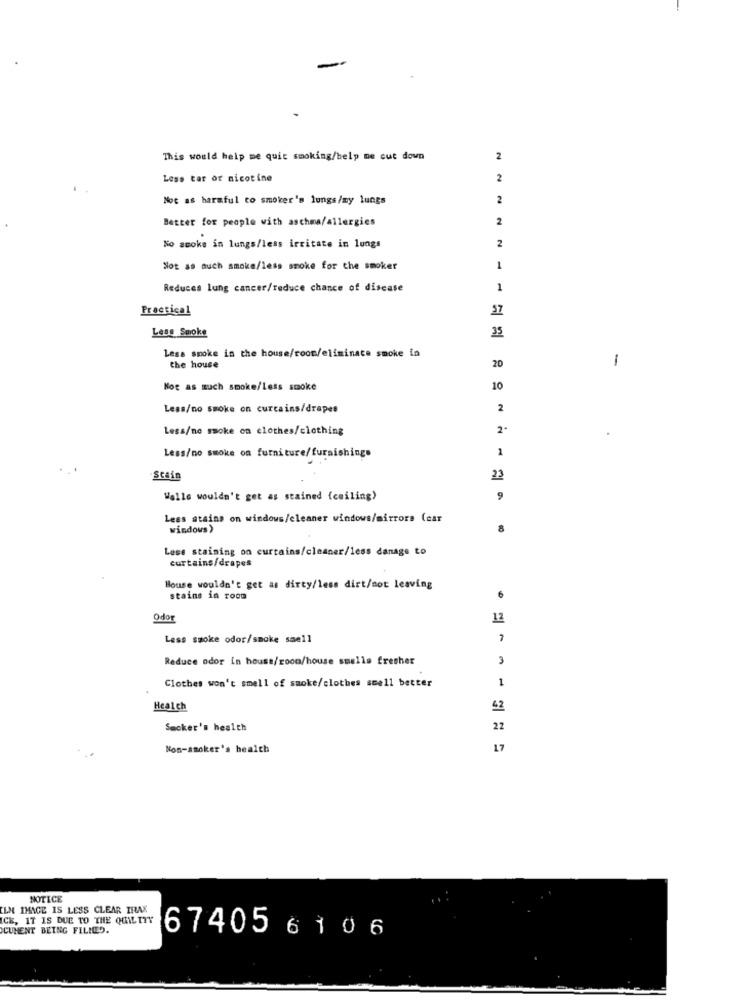
This would help me quit smoking/help me cut down
2
Less tar or nicotine
2
Noc as harmful to smoker's lungs/my lungs
2
Better for people with aschma/allergies
2
2
No smoke in lungs/less irritate in longs
Not as auch smoke/less smoke for the smoker
1
Reduces lung cancer/reduce chance of disease
1
Practical
57
Less Smoke
35
Less smoke in the house/room/eliminate smoke in
1
the house
20
Not as much smoke/Less smoke
10
Less/no smoke on curtains/drapes
2
Less/no smoke on clothes/clothing
2.
1
Less/no smoke on furniture/furnishings
Stain
23
Walle wouldn't get as stained (ceiling>
9
Less stains on windows/cleaner windows/mirrors (car
windows>
Lese staining on curtains/cleaner/less danage to
curtains/drapes
Bouse wouldn't get as dirty/less dirt/not leaving
stains in room
6
Odor
12
Less smoke odor/smoke smell
Reduce odor in house/zoon/house smells fresher
3
Clothes won't smell of smoke/clothes smell better
1
Healch
42
Smoker's health
22
Non-smoker's health
17
NOTICE
ILM IMAGE IS LESS CLEAR TRAS
ICH, IT IS DUE TO THE QUIL TYY
CUMENT BEING FILLED.
674056106